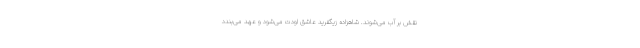
نقش بر آب می‌شوند. شاهزاده زیگفرید عاشق اودت می‌شود و عهد می‌بندد